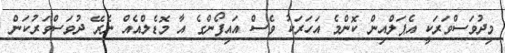
މިދުވަސްވަރަކީ އެޕަލްއިން ކޮންމެ އަހަރަކު ވެސް އައިފޯންގެ އާ މޮޑެލްއެއް ނެރޭ ދުވަސްވަރުކަން